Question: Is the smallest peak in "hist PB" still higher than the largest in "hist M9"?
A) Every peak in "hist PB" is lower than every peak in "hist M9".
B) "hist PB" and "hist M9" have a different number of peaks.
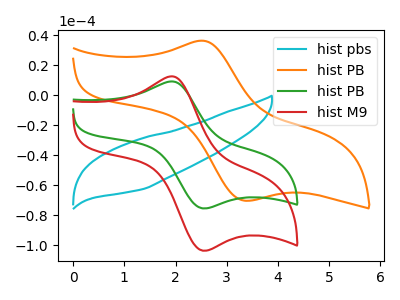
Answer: <think>The cyan curve "hist pbs" has no peaks. The orange curve "hist PB" has an anodic peak at (2.50V, 36.25uA) and a cathodic peak at (3.35V, -70.40uA). The green curve "hist PB" has an anodic peak at (1.90V, 9.10uA) and a cathodic peak at (2.55V, -75.55uA). The red curve "hist M9" has an anodic peak at (1.90V, 12.50uA) and a cathodic peak at (2.55V, -103.75uA).</think>
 <answer>A) Every peak in "hist PB" is lower than every peak in "hist M9".</answer>
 <eval>A</eval>